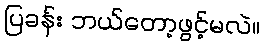
ပြခန်း ဘယ်တော့ဖွင့်မလဲ။